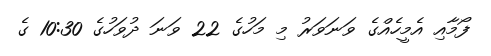
ފޯމާއި އެމީހެއްގެ ވަނަވަރު މި މަހުގެ 22 ވަނަ ދުވަހުގެ 10:30 ގެ